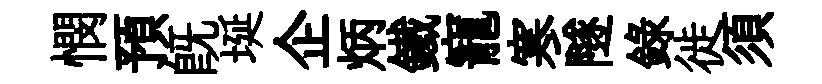
憫預旣埏企炳鐵寵寒隧録徙須